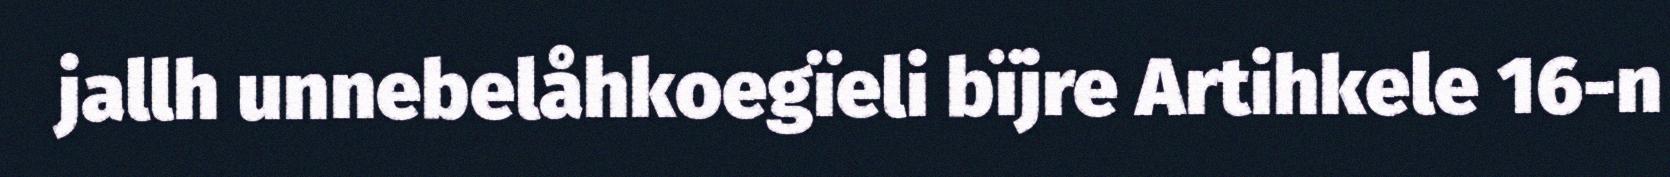
jallh unnebelåhkoegïeli bïjre Artihkele 16-n